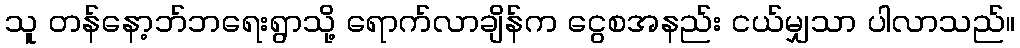
သူ တန်နော့ဘ်ဘရေးရွာသို့ ရောက်လာချိန်က ငွေစအနည်း ငယ်မျှသာ ပါလာသည်။